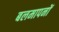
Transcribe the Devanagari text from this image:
बलमापनों